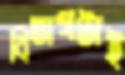
বিভাগটাই